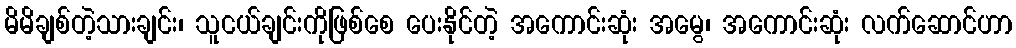
မိမိချစ်တဲ့သားချင်း၊ သူငယ်ချင်းကိုဖြစ်စေ ပေးနိုင်တဲ့ အကောင်းဆုံး အမွေ၊ အကောင်းဆုံး လက်ဆောင်ဟာ